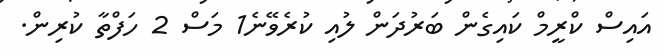
އައިސް ކްރީމް ކައިގެން ބަރުދަން ލުއި ކުރެވޭނެ1 މަސް 2 ހަފްތާ ކުރިން.